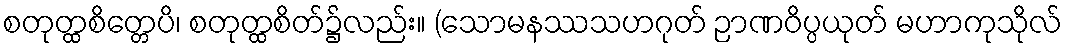
စတုတ္ထစိတ္တေပိ၊ စတုတ္ထစိတ်၌လည်း။ (သောမနဿသဟဂုတ် ဉာဏဝိပ္ပယုတ် မဟာကုသိုလ်